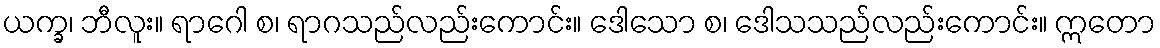
ယက္ခ၊ ဘီလူး။ ရာဂေါ စ၊ ရာဂသည်လည်းကောင်း။ ဒေါသော စ၊ ဒေါသသည်လည်းကောင်း။ ဣတော